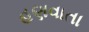
હણવાતા